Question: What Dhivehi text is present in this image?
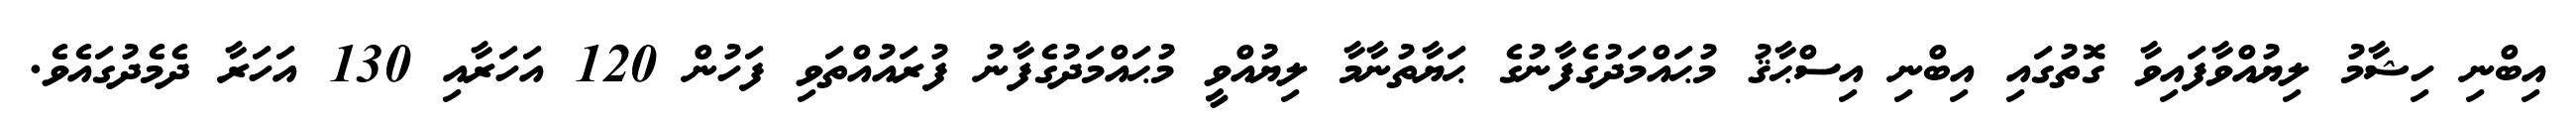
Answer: އިބްނި ހިޝާމު ލިޔުއްވާފައިވާ ގޮތުގައި އިބްނި އިސްޙާޤު މުޙައްމަދުގެފާނުގެ ޙަޔާތުނާމާ ލިޔުއްވީ މުޙައްމަދުގެފާނު ފުރައުއްތަވި ފަހުން 120 އަހަރާއި 130 އަހަރާ ދެމެދުގައެވެ.